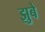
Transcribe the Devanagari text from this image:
झुबे